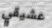
عشيقي